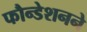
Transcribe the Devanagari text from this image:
फौन्डेशनने